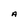
Character: A